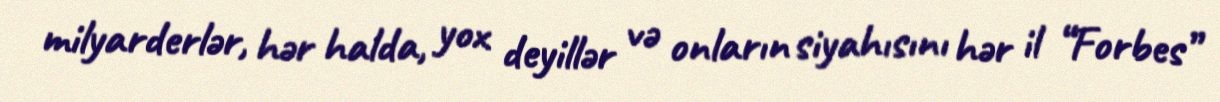
milyarderlər, hər halda, yox deyillər və onların siyahısını hər il “Forbes”